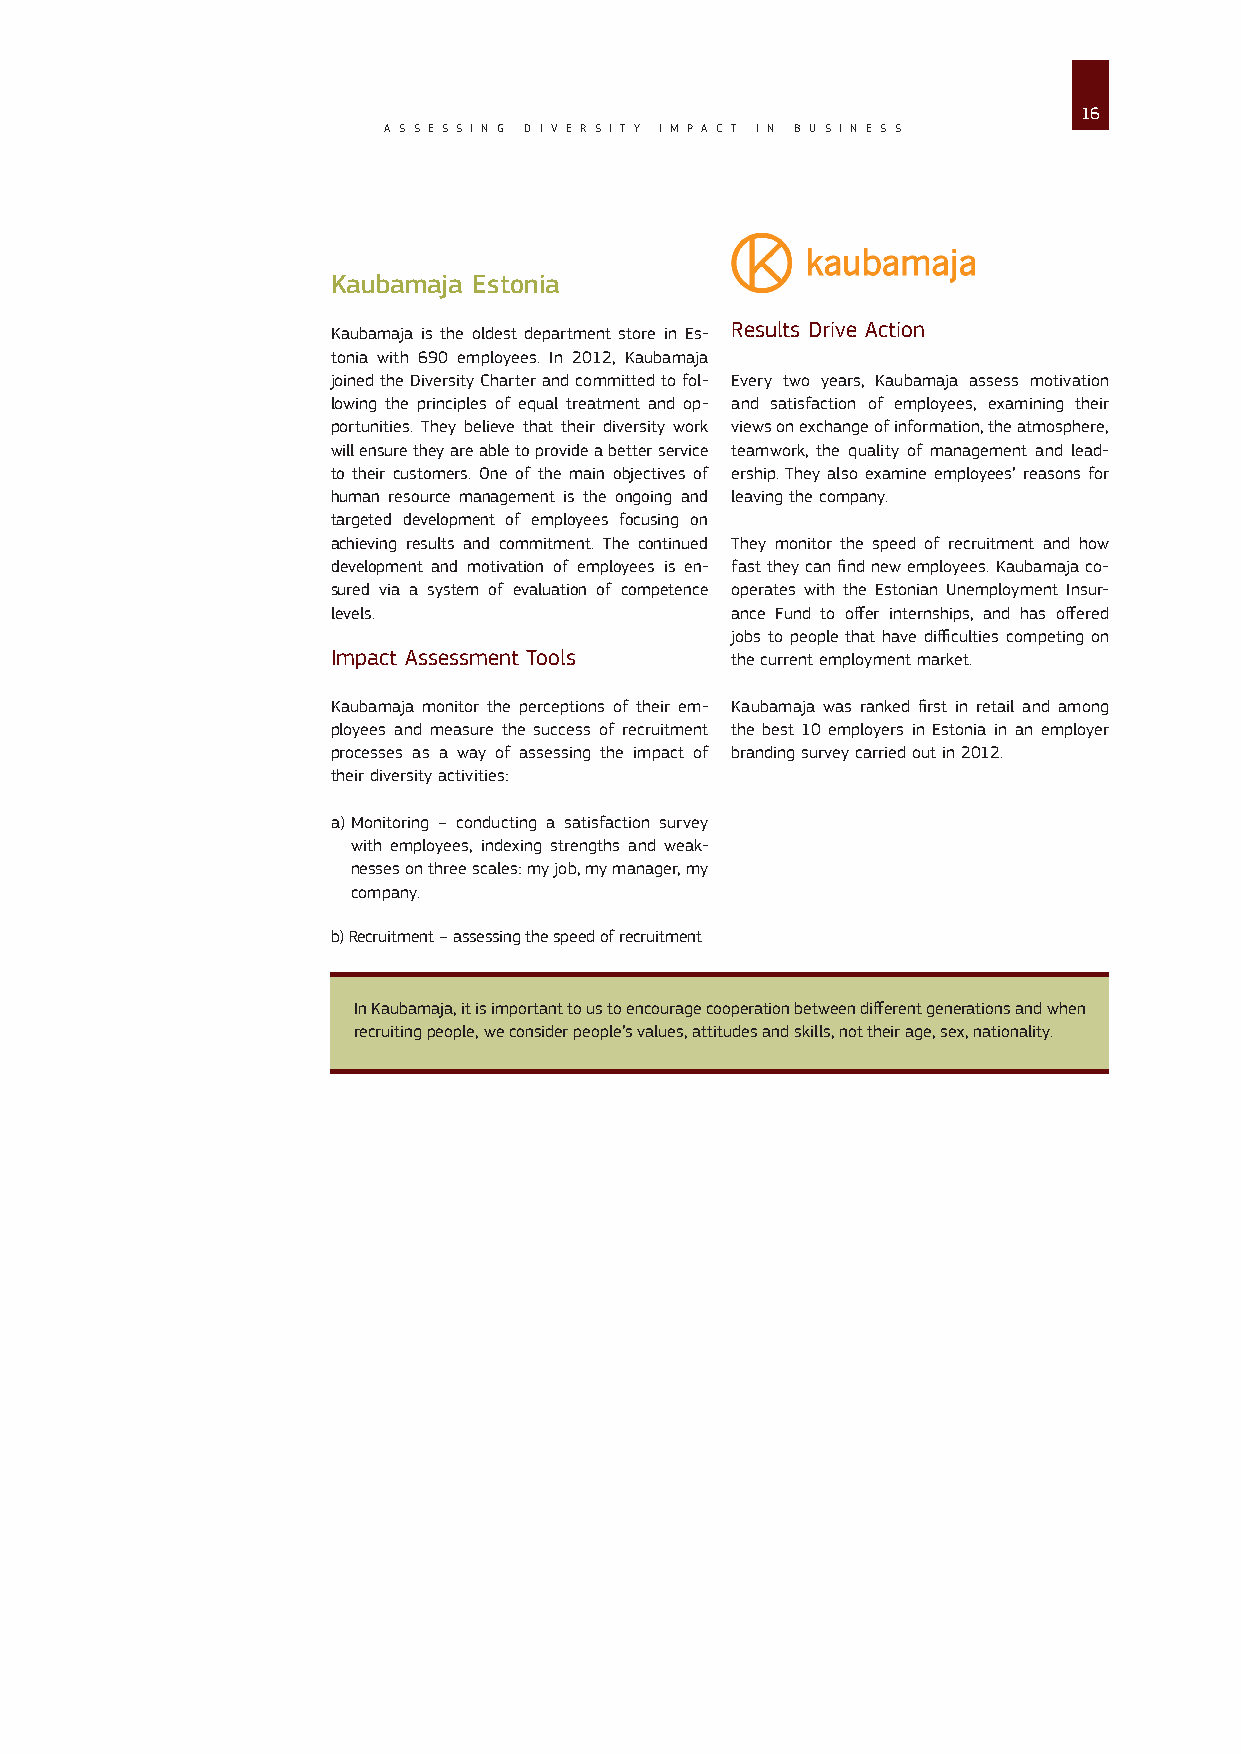
16
 A S S E S S I N G D I V E R S I T Y I M P A C T I N B U S I N E S S
 Kaubamaja Estonia
 Results Drive Action
 Kaubamaja is the oldest department store in Es-
 tonia with 690 employees. In 2012, Kaubamaja
 joined the Diversity Charter and committed to fol- Every two years, Kaubamaja assess motivation
 lowing the principles of equal treatment and op- and satisfaction of employees, examining their
 portunities. They believe that their diversity work views on exchange of information, the atmosphere,
 will ensure they are able to provide a better service teamwork, the quality of management and lead-
 to their customers. One of the main objectives of ership. They also examine employees’ reasons for
 human resource management is the ongoing and leaving the company.
 targeted development of employees focusing on
 achieving results and commitment. The continued They monitor the speed of recruitment and how
 development and motivation of employees is en- fast they can find new employees. Kaubamaja co-
 sured via a system of evaluation of competence operates with the Estonian Unemployment Insur-
 levels.                   ance Fund to offer internships, and has offered
 jobs to people that have difficulties competing on
 Impact Assessment Tools   the current employment market.
 Kaubamaja monitor the perceptions of their em- Kaubamaja was ranked first in retail and among
 ployees and measure the success of recruitment the best 10 employers in Estonia in an employer
 processes as a way of assessing the impact of branding survey carried out in 2012.
 their diversity activities:
 a) Monitoring – conducting a satisfaction survey
 with employees, indexing strengths and weak-
 nesses on three scales: my job, my manager, my
 company.
 b) Recruitment – assessing the speed of recruitment
 In Kaubamaja, it is important to us to encourage cooperation between different generations and when
 recruiting people, we consider people’s values, attitudes and skills, not their age, sex, nationality.